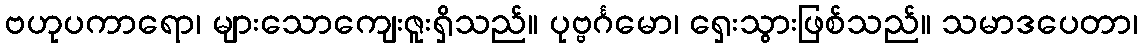
ဗဟုပကာရော၊ များသောကျေးဇူးရှိသည်။ ပုဗ္ဗင်္ဂမော၊ ရှေးသွားဖြစ်သည်။ သမာဒပေတာ၊